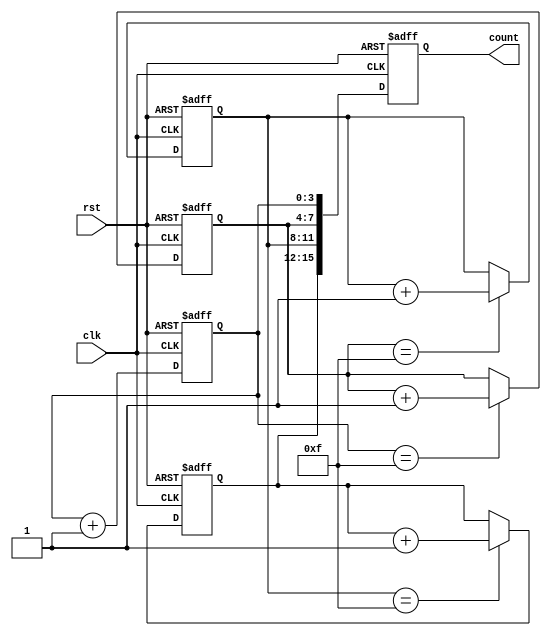
module cascaded_counter (
    input wire clk, // Clock input
    input wire rst, // Reset input
    output reg [15:0] count // 16-bit counter output
);

reg [3:0] stage1, stage2, stage3, stage4;

always @(posedge clk or posedge rst) begin
    if (rst) begin
        stage1 <= 4'b0000;
        stage2 <= 4'b0000;
        stage3 <= 4'b0000;
        stage4 <= 4'b0000;
        count <= 16'b0000000000000000;
    end else begin
        stage1 <= stage1 + 1;
        if (stage1 == 4'b1111) begin
            stage2 <= stage2 + 1;
        end
        if (stage2 == 4'b1111) begin
            stage3 <= stage3 + 1;
        end
        if (stage3 == 4'b1111) begin
            stage4 <= stage4 + 1;
        end
        count <= {stage4, stage3, stage2, stage1};
    end
end

endmodule